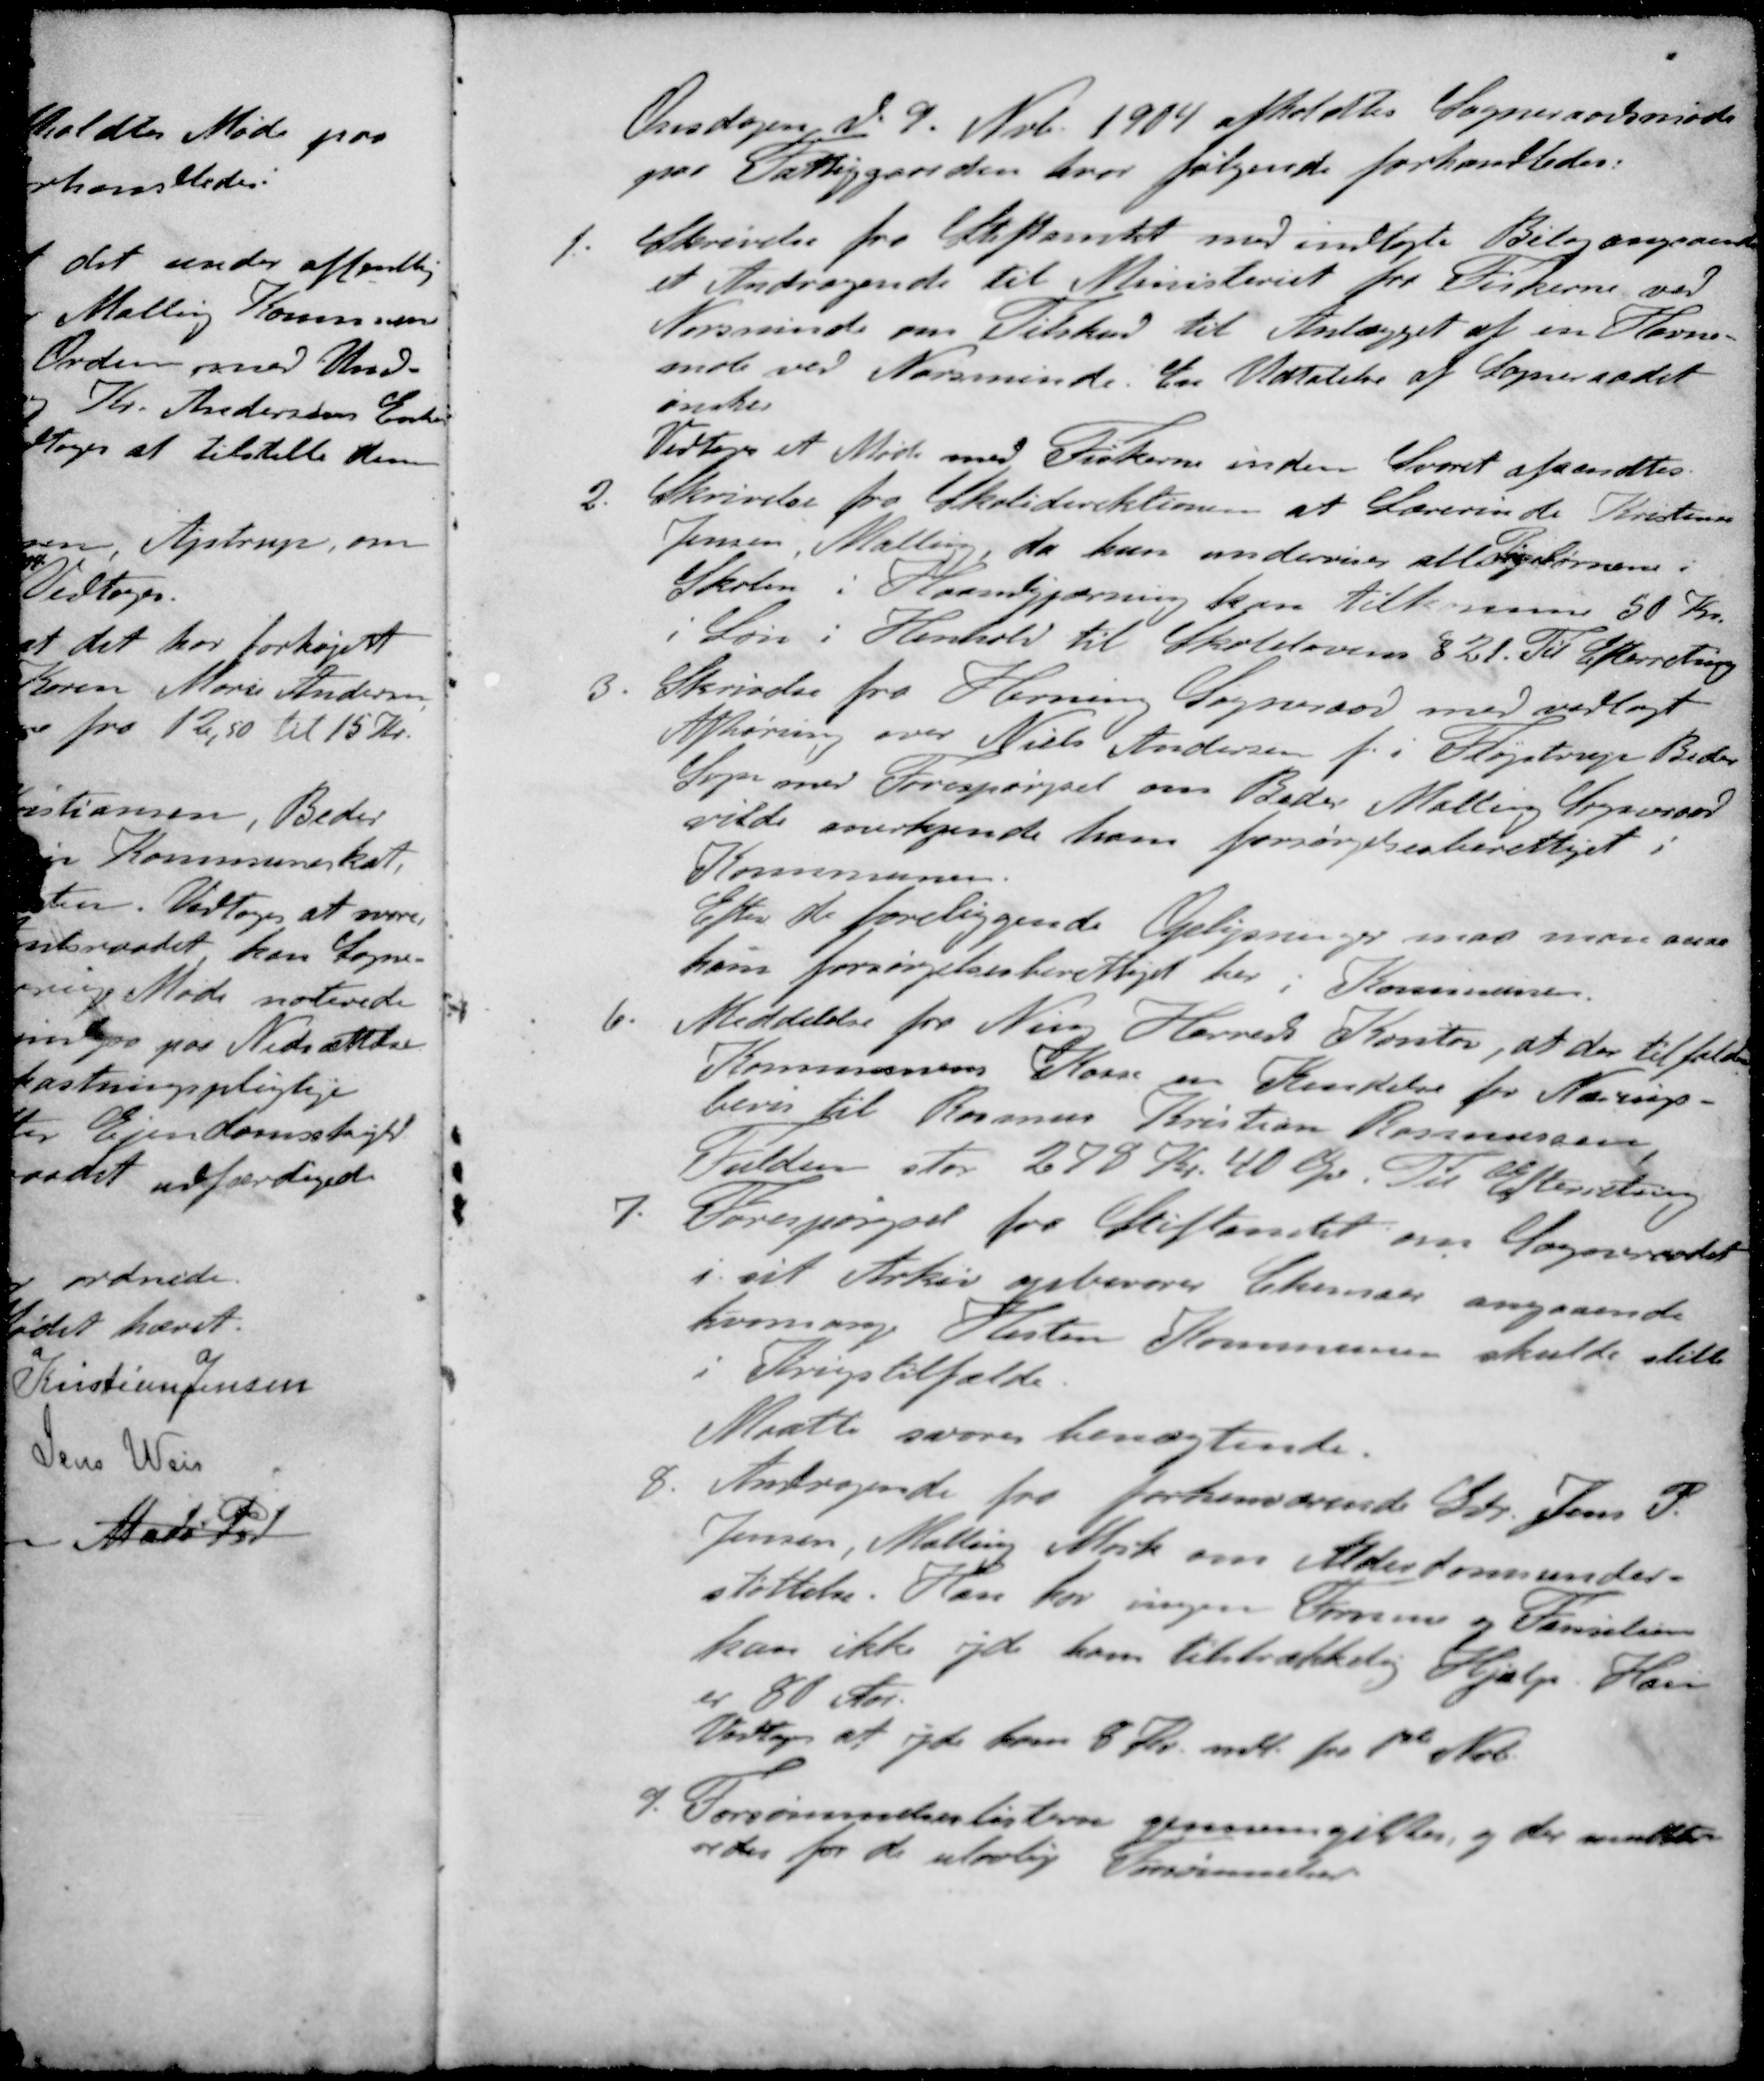
Transskription:
Onsdagen d. 9. Nvb. 1904 afholdtes Sogneraadsmøde
paa Fattiggaarden, hvor følgende forhandledes.
1. Skrivelse fra Stiftamtet med indlagte Bilag angaande
et Andragende til Ministeriet fra Fiskerne ved
Norsminde om Tilskud til Anlægget at en Havne-
mole ved Norsminde. En Udtalelse af Sogneraadet
ønskes
Vedtoges et Møde med Fiskerne inden Svaret afsendtes.
2. Skrivelse fra Skoledirektionen at Lærerinde Kristine
Jensen, Malling da hun underviser alle Pigebørnene i
Skolen i Haandgjærning kan tilkomme 50 Kr.
Løn i Henhold til Skolelovens § 21. Til Efterretning
3. Skrivelse fra Herning Sogneraad med vedlagt
Afhøring over Niels Andersen f. i Fløjstrup Beder
Sogn med Forespørgsel om Beder Malling Sogneraad
vilde anerkjende ham forsørgelsesberettiget i
Kommunen.
Efter de foreliggende Oplysninger maa man anse
ham forsørgelsesberettiget her i Kommunen.
6. Meddelelse for Nien Herreds Kontor, at der tilfalder
Kommunens Kasse en Kendelse for Nærings-
bevis til Rasmus Kristian Rasmussen
Fulden stor 278 Kr. 40 Øre. Til Efterretning
7. Forespørgsel fra Stiftamtet om Sogneraadet
i sit Arkiv opbevarer Skemaer angaaende
hvomange Heste Kommunen skulde stille
i Krigstilfælde.
Maatte svares benægtende.
8. Andragende fra forhenværende Gdr. Jens P.
Jensen, Malling Mark om Alderdomsunder-
støttelse. Han har ingen Formue og Familien
kan ikke yde ham tilstrækkelig Hjælp. Han
er 80 Aar.
Vedtog at yde ham 8 Kr. mdl. for 1ste Nov.
9. Forsømmelseslisterne gennemgikkes, og der mulkte-
redes for de ulovlige Forsømmelser